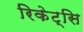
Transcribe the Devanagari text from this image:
रिकेट्सि